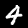
Digit: 4